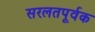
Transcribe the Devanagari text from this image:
सरलतपूर्वक